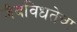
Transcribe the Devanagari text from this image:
जैवविधतेचा